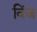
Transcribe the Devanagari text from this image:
विंज